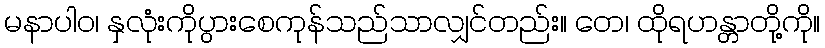
မနာပါဝ၊ နှလုံးကိုပွားစေကုန်သည်သာလျှင်တည်း။ တေ၊ ထိုရဟန္တာတို့ကို။